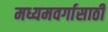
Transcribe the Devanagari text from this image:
मध्यमवर्गासाठी